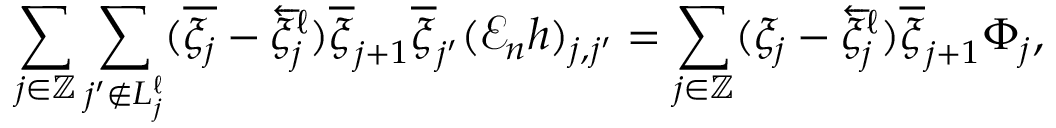
\sum _ { j \in \mathbb Z } \sum _ { j ^ { \prime } \notin { L _ { j } ^ { \ell } } } ( \overline { { \xi _ { j } } } - \overleftarrow { \xi } _ { j } ^ { \ell } ) \overline { { \xi } } _ { j + 1 } \overline { { \xi } } _ { j ^ { \prime } } ( \mathcal { E } _ { n } h ) _ { j , j ^ { \prime } } = \sum _ { j \in \mathbb Z } ( \xi _ { j } - \overleftarrow { \xi } _ { j } ^ { \ell } ) \overline { { \xi } } _ { j + 1 } \Phi _ { j } ,